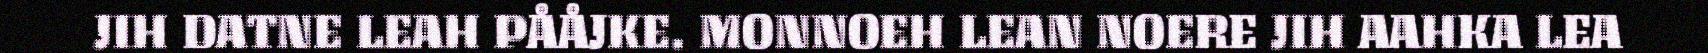
JIH DATNE LEAH PÅÅJKE. MONNOEH LEAN NOERE JIH AAHKA LEA